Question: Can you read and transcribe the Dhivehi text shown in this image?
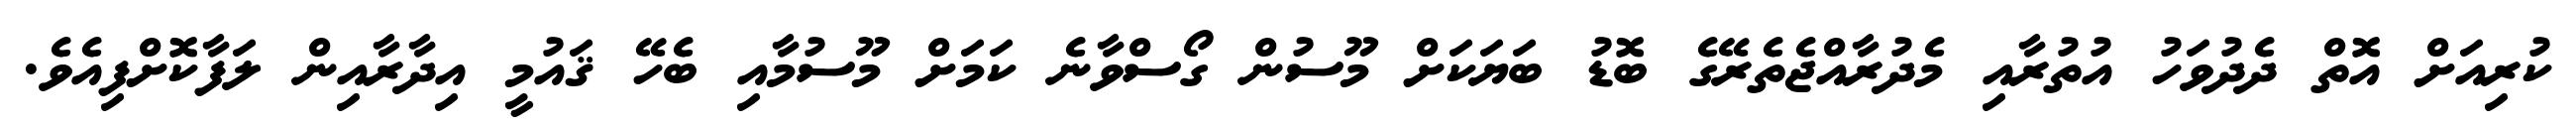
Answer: ކުރިއަށް އޮތް ދެދުވަހު އުތުރާއި މެދުރާއްޖެތެރޭގެ ބޮޑު ބަޔަކަށް މޫސުން ގޯސްވާނެ ކަމަށް މޫސުމާއި ބެހޭ ޤައުމީ އިދާރާއިން ލަފާކޮށްފިއެވެ.